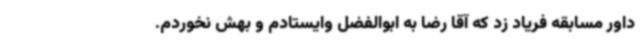
داور مسابقه فریاد زد که آقا رضا به ابوالفضل وایستادم و بهش نخوردم.